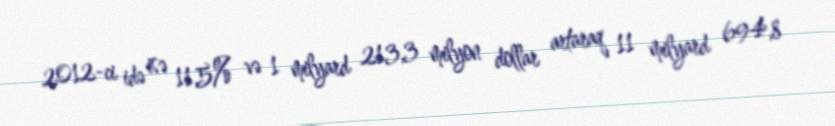
2012-ci idə isə 11,5% və 1 milyard 213,3 milyon dollar artaraq 11 milyard 694,8